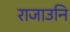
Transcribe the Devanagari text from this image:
राजाउनि